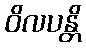
ဝိလပန္တိ